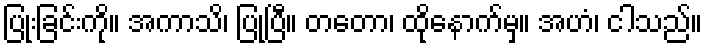
ပြုံးခြင်းကို။ အကာသိ၊ ပြုပြီ။ တတော၊ ထိုနောက်မှ။ အဟံ၊ ငါသည်။